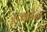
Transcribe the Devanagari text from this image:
स्व्वेडेन